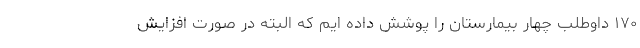
۱۷۰ داوطلب چهار بیمارستان را پوشش داده ایم که البته در صورت افزایش